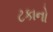
ટકાનો